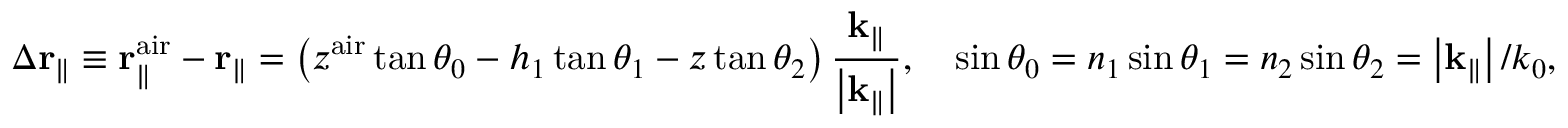
\Delta { \bf r } _ { \parallel } \equiv { \bf r } _ { \parallel } ^ { \mathrm { a i r } } - { \bf r } _ { \parallel } = \left( z ^ { \mathrm { a i r } } \tan \theta _ { 0 } - h _ { 1 } \tan \theta _ { 1 } - z \tan \theta _ { 2 } \right) \frac { { \bf k } _ { \parallel } } { \left| { \bf k } _ { \parallel } \right| } , \quad \sin \theta _ { 0 } = n _ { 1 } \sin \theta _ { 1 } = n _ { 2 } \sin \theta _ { 2 } = \left| { \bf k } _ { \parallel } \right| / k _ { 0 } ,